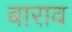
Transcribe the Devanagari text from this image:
बाराव